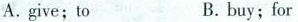
A.give; to B.buy;for